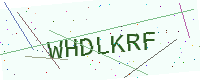
Text: WHDLKRF